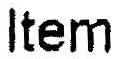
ITEM